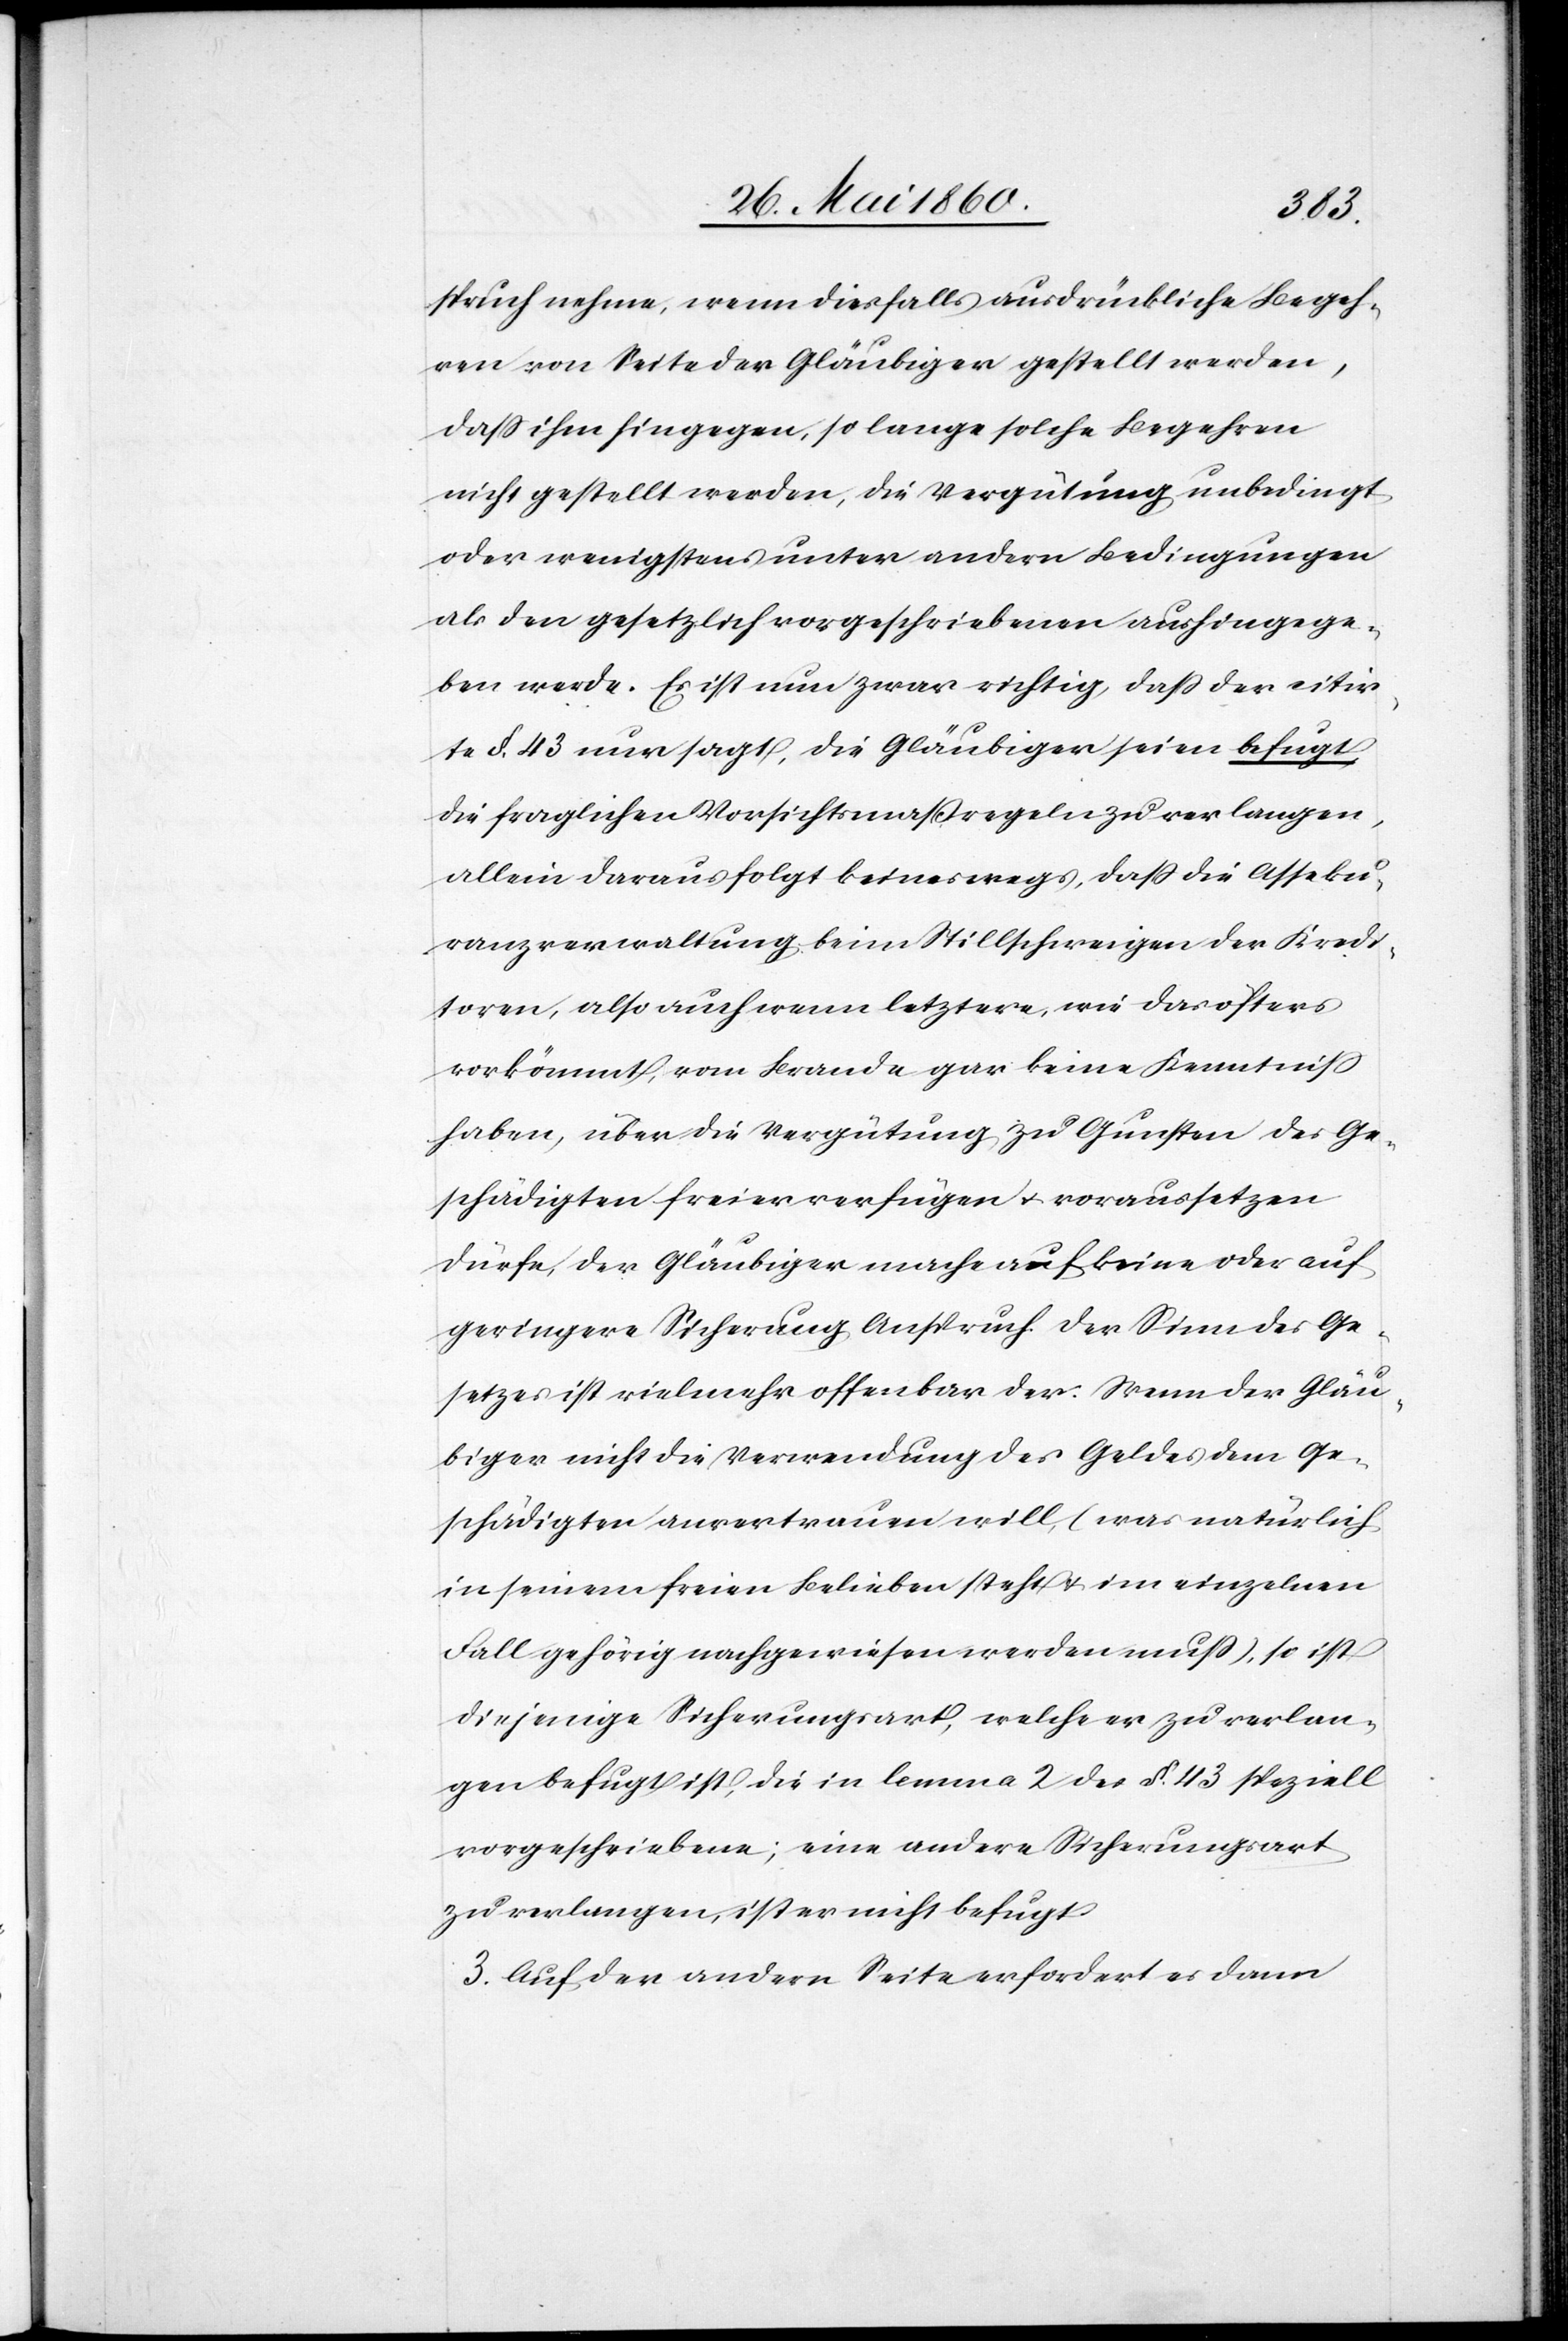
spruch nehme, wenn diesfalls ausdrückliche Begeh¬
ren von Seite der Gläubiger gestellt werden,
dass ihm hingegen, so lange solche Begehren
nicht gestellt werden, die Vergütung unbedingt,
oder wenigstens unter andern Bedingungen
als den gesetzlich vorgeschriebenen aushingege¬
ben werde. Es ist nun zwar richtig, dass der citir¬
te §. 43. nur sagt, die Gläubiger seien befugt,
die fraglichen Vorsichtsmaßregeln zu verlangen,
allein daraus folgt keineswegs, dass die Asseku¬
ranzverwaltung kein Stillschweigen der Kredi¬
toren, also auch wenn letztere, wie das öfters
vorkömmt, vom Brande gar keine Kenntniss
haben, über die Vergütung zu Gunsten des Ge¬
schädigten freier verfügen u. voraussetzen
dürfe, der Gläubiger mache auf keine oder auf
geringere Sicherung Anspruch. Der Sinn des Ge¬
setzes ist vielmehr offenbar der: Wenn der Gläu¬
biger nicht die Verwendung des Geldes dem Ge¬
schädigten anvertrauen will, (was natürlich
in seinem freien Belieben steht u. im einzelnen
Fall gehörig nachgewiesen werden muss), so ist
diejenige Sicherungsart, welche er zu verlan¬
gen befugt ist, die in lemma 2 des §. 43. speziell
vorgeschriebene; eine andere Sicherungsart
zu verlangen, ist er nicht befugt.
3. Auf der andern Seite erfordert es dann